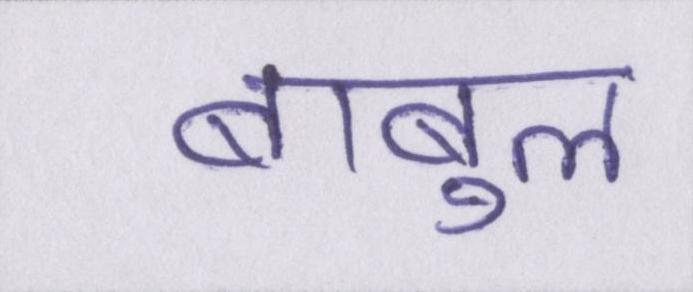
बाबुल